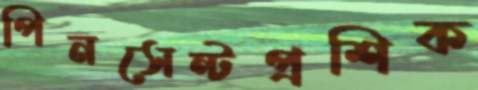
পিনসেন্টপ্রশিক